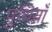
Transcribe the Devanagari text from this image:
पुथियाँ